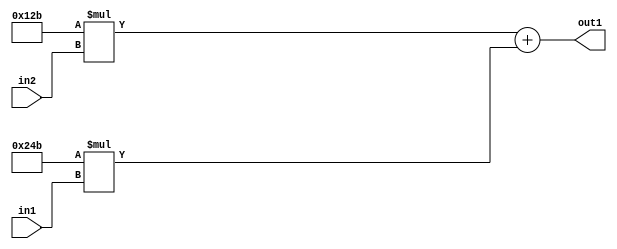
`timescale 1ps / 1ps
/*****************************************************************************
    Verilog RTL Description
    
    
    Created by: Stratus DpOpt 2019.1.01 
*******************************************************************************/

module SobelFilter_Add2Mul2iLLu8Mul2i299u8_4 (
	in2,
	in1,
	out1
	); /* architecture "behavioural" */ 
input [7:0] in2,
	in1;
output [18:0] out1;
wire [18:0] asc001;

wire [18:0] asc001_tmp_0;
assign asc001_tmp_0 = 
	+(19'B0000000000100101011 * in2);
assign asc001 = asc001_tmp_0
	+(19'B0000000001001001011 * in1);

assign out1 = asc001;
endmodule

/* CADENCE  uLT5TwE= : u9/ySgnWtBlWxVPRXgAZ4Og= ** DO NOT EDIT THIS LINE ******/